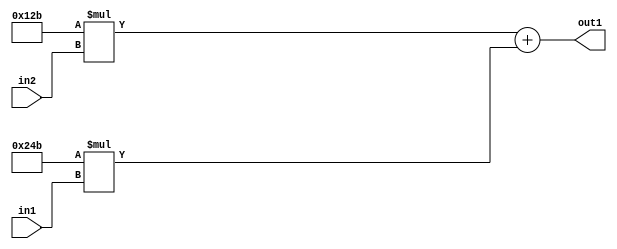
`timescale 1ps / 1ps
/*****************************************************************************
    Verilog RTL Description
    
    
    Created by: Stratus DpOpt 2019.1.01 
*******************************************************************************/

module SobelFilter_Add2Mul2iLLu8Mul2i299u8_4 (
	in2,
	in1,
	out1
	); /* architecture "behavioural" */ 
input [7:0] in2,
	in1;
output [18:0] out1;
wire [18:0] asc001;

wire [18:0] asc001_tmp_0;
assign asc001_tmp_0 = 
	+(19'B0000000000100101011 * in2);
assign asc001 = asc001_tmp_0
	+(19'B0000000001001001011 * in1);

assign out1 = asc001;
endmodule

/* CADENCE  uLT5TwE= : u9/ySgnWtBlWxVPRXgAZ4Og= ** DO NOT EDIT THIS LINE ******/